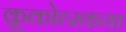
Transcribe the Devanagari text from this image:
क्रूकोव्स्कया